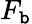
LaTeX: F_{\mathtt{b}}